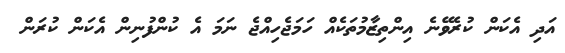
އަދި އެކަން ކުރެވޭނެ އިންތިޒާމުތަކެއް ހަމަޖެހިއްޖެ ނަމަ އެ ކުންފުނިން އެކަން ކުރަން